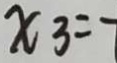
x _ { 3 } = -